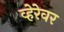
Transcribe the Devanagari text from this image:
व्हेरेवर